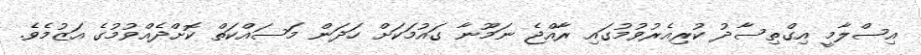
އިސްލާމީ އިގްތިސާދު ކުރިއެރުވުމުގައި ރާއްޖެ ނަމޫނާ ގައުމަކަށް ހަދަން މަސައްކަތް ކޮށްދެއްވުމުގެ އަޒުމެވެ.